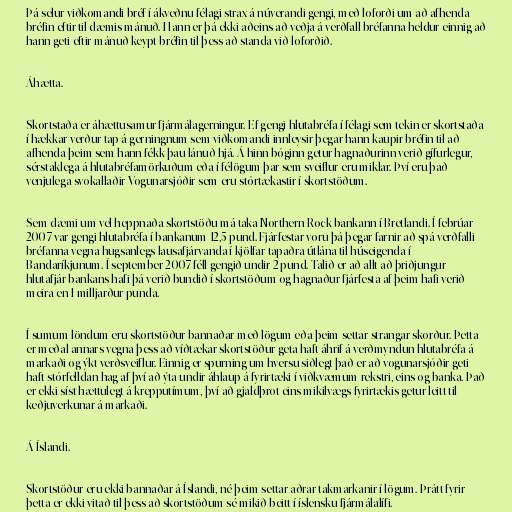
Þá selur viðkomandi bréf í ákveðnu félagi strax á núverandi gengi, með loforði um að afhenda
bréfin eftir til dæmis mánuð. Hann er þá ekki aðeins að veðja á verðfall bréfanna heldur einnig að
hann geti eftir mánuð keypt bréfin til þess að standa við loforðið.

Áhætta.

Skortstaða er áhættusamur fjármálagerningur. Ef gengi hlutabréfa í félagi sem tekin er skortstaða
í hækkar verður tap á gerningnum sem viðkomandi innleysir þegar hann kaupir bréfin til að
afhenda þeim sem hann fékk þau lánuð hjá. Á hinn bóginn getur hagnaðurinn verið gífurlegur,
sérstaklega á hlutabréfamörkuðum eða í félögum þar sem sveiflur eru miklar. Því eru það
venjulega svokallaðir Vogunarsjóðir sem eru stórtækastir í skortstöðum.

Sem dæmi um vel heppnaða skortstöðu má taka Northern Rock bankann í Bretlandi. Í febrúar
2007 var gengi hlutabréfa í bankanum 12,5 pund. Fjárfestar voru þá þegar farnir að spá verðfalli
bréfanna vegna hugsanlegs lausafjárvanda í kjölfar tapaðra útlána til húseigenda í
Bandaríkjunum. Í september 2007 féll gengið undir 2 pund. Talið er að allt að þriðjungur
hlutafjár bankans hafi þá verið bundið í skortstöðum og hagnaður fjárfesta af þeim hafi verið
meira en 1 milljarður punda.

Í sumum löndum eru skortstöður bannaðar með lögum eða þeim settar strangar skorður. Þetta
er meðal annars vegna þess að víðtækar skortstöður geta haft áhrif á verðmyndun hlutabréfa á
markaði og ýkt verðsveiflur. Einnig er spurning um hversu siðlegt það er að vogunarsjóðir geti
haft stórfelldan hag af því að ýta undir áhlaup á fyrirtæki í viðkvæmum rekstri, eins og banka. Það
er ekki síst hættulegt á krepputímum, því að gjaldþrot eins mikilvægs fyrirtækis getur leitt til
keðjuverkunar á markaði.

Á Íslandi.

Skortstöður eru ekki bannaðar á Íslandi, né þeim settar aðrar takmarkanir í lögum. Þrátt fyrir
þetta er ekki vitað til þess að skortstöðum sé mikið beitt í íslensku fjármálalífi.